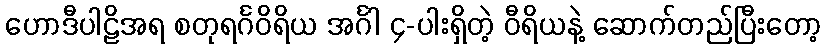
ဟောဒီပါဠိအရ စတုရင်္ဂဝိရိယ အင်္ဂါ ၄-ပါးရှိတဲ့ ဝီရိယနဲ့ ဆောက်တည်ပြီးတော့